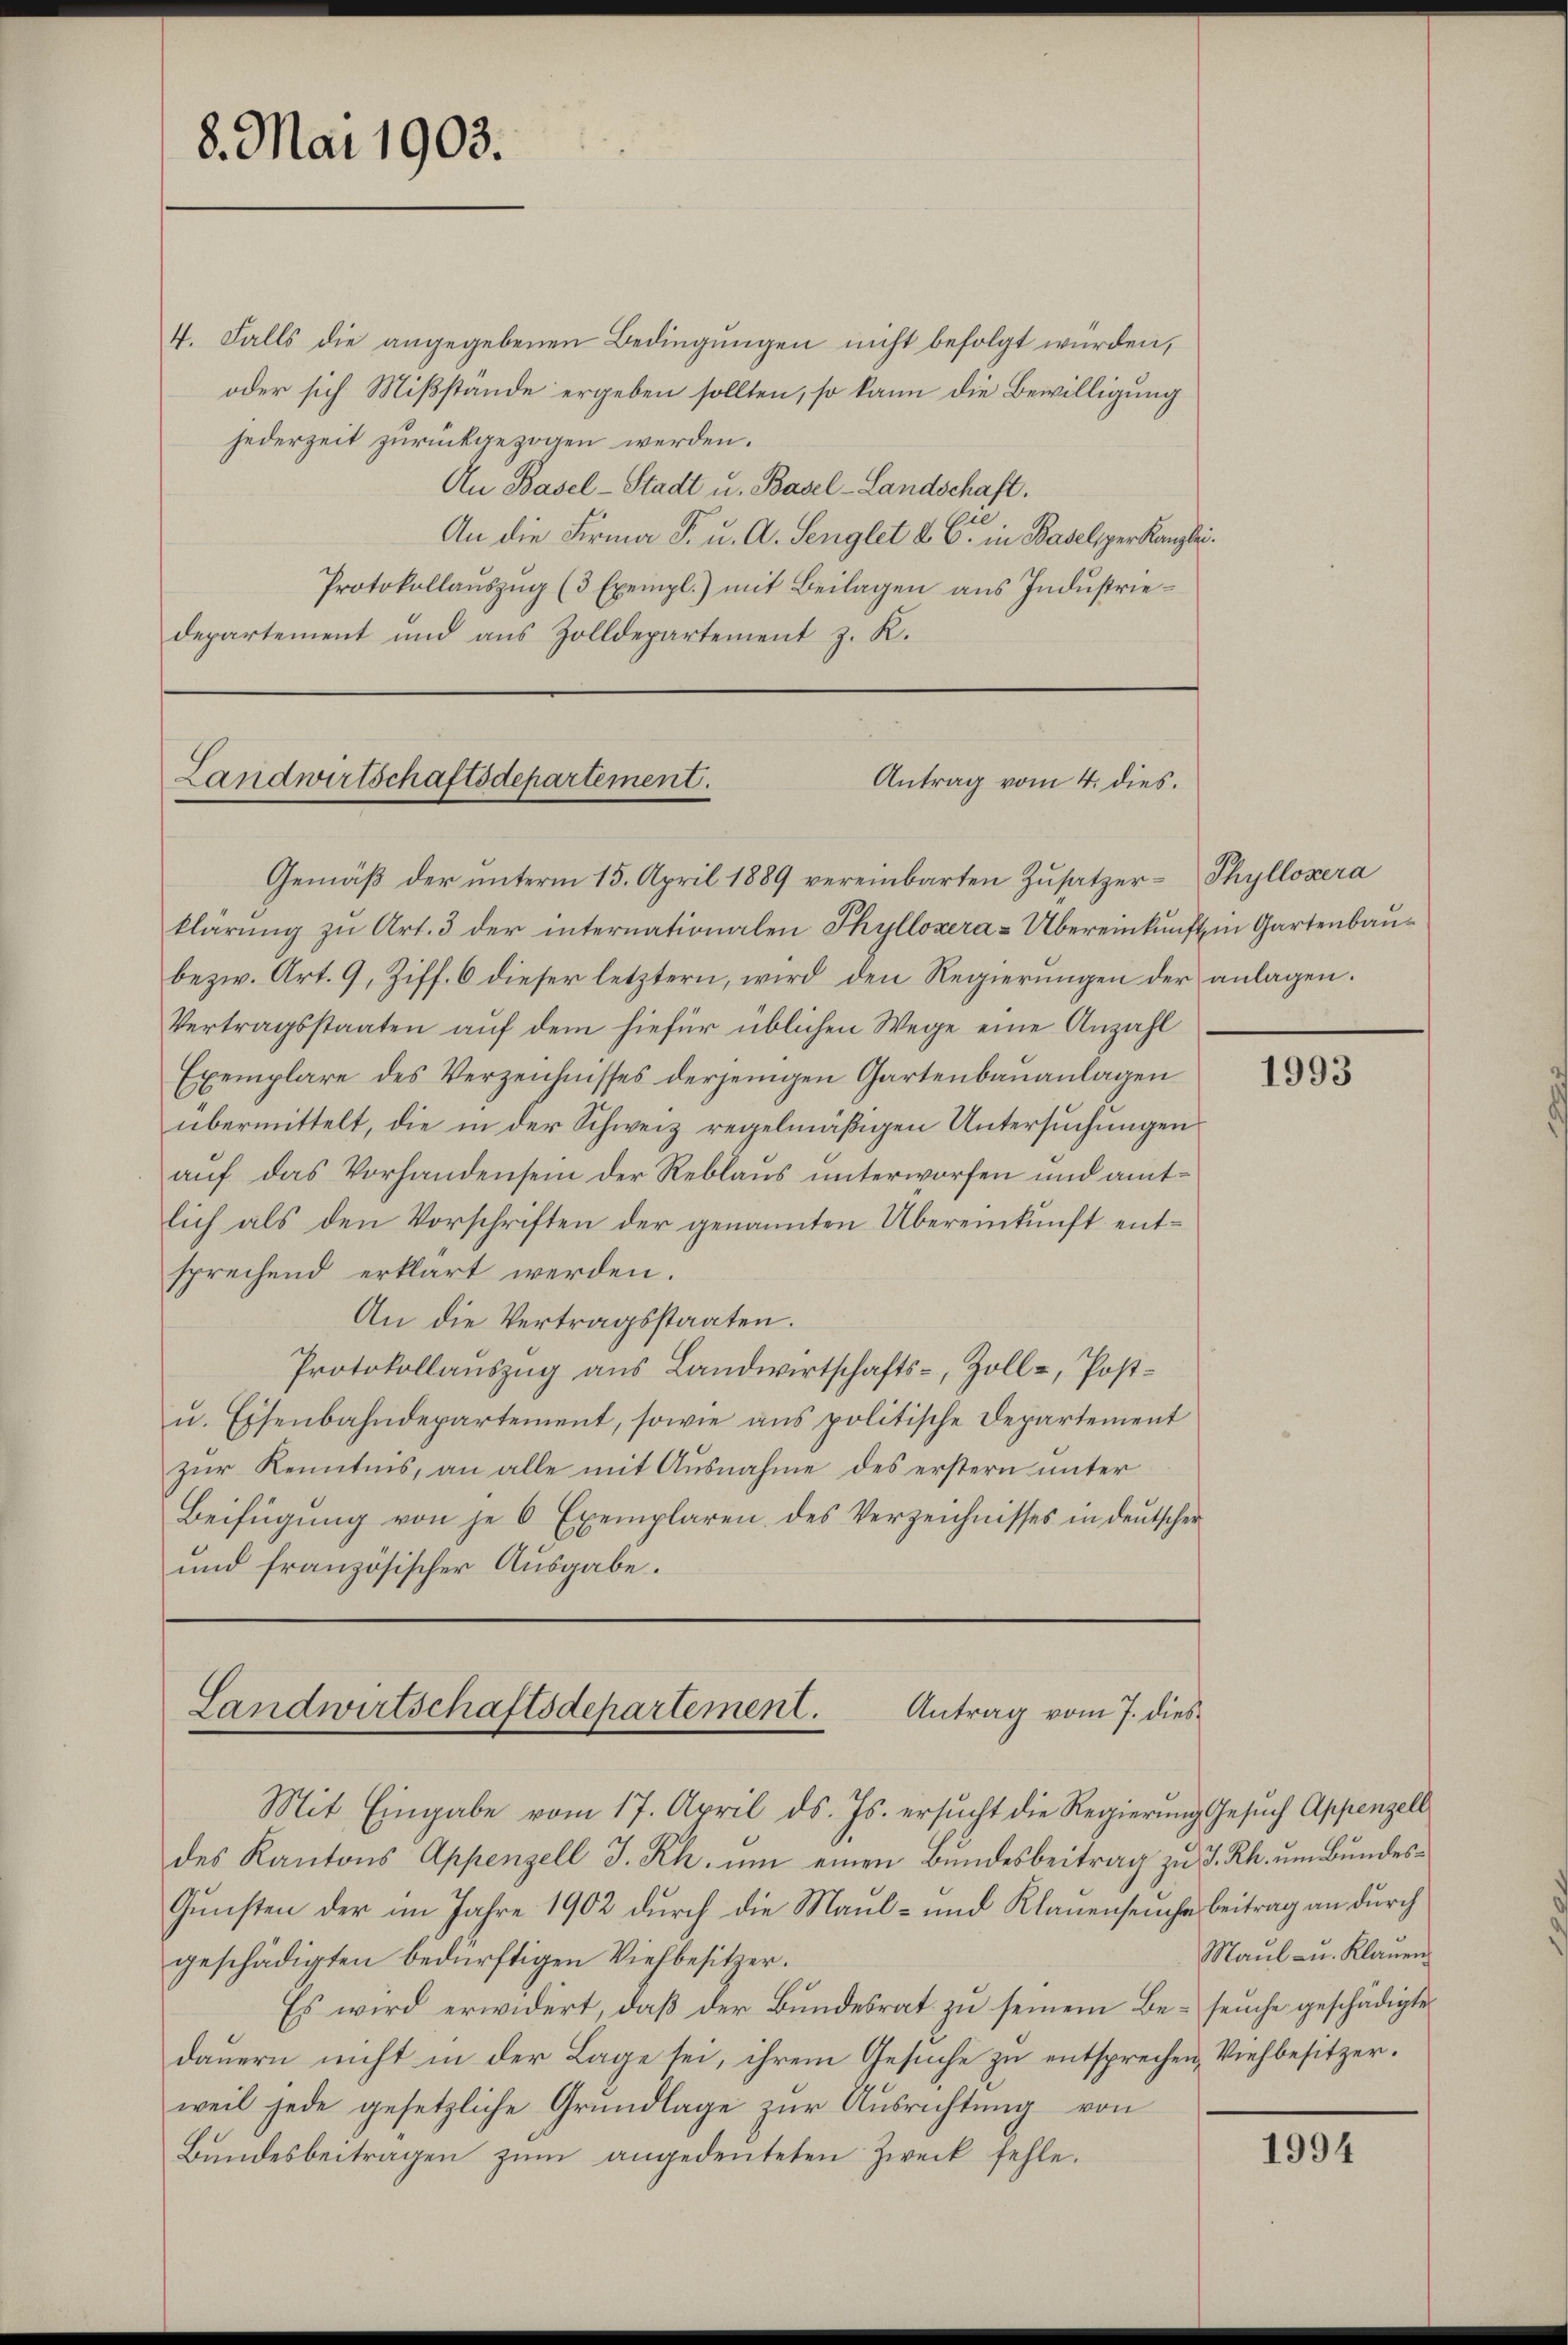
8. Mai 1903.

4. Falls die angegebenen Bedingungen nicht befolgt würden,
oder sich Mißstände ergeben sollten, so kann die Bewilligung
jederzeit zurückgezogen werden.
An Basel-Stadt u. Basel-Landschaft.
An die Firma F. u. A. Senglet u. G. in Baseliger Kanzlei.
Protokollauszug (3 Exempl.) mit Beilagen aus Industriedepartement und aus Zolldepartement z. R.

Antrag vom 4. dies.
Landwirtschaftsdepartement.

Gemäß der unterm 15. April 1889 vereinbarten Zusatzer-Thyllovera
klärŭng zu Art. 3 der internationalen Phyllozera-Übereinkunft in Gartenbau¬
bezw. Art. 9, Ziff. 6 dieser letztern, wird den Regierŭngen der anlagen.
Vertragsstaaten auf dem hiefür üblichen Wege eine Anzahl
Exemplare des Verzeichnisses derjenigen Gartenbauanlagen
übermittelt, die in der Schweiz regelmäßigen Untersuchungen
auf das Vorhandensein der Reblaus unterworfen und amtlich als den Vorschriften der genannten Übereinkunft entsprechend erklärt werden.
An die Vertragsstaaten.
Protokollauszug aus Landwirtschafts-, Zoll-, Post¬
u. Eisenbahndepartement, sowie aus politische Departement
zur Kenntnis, an alle mit Ausnahme des erstern unter
Beifügung von je 6 Exemplaren, des Verzeichnisses in deutscher
und französischer Ausgabe.

Landwirtschaftsdepartement.
Antrag vom 7. dies

Mit Eingabe vom 17. April d. Js. ersŭcht die Regierun
des Kantons Appenzell I. Rh. um einen Bundesbeitrag zu
Gunsten der im Jahre 1902 durch die Maul- und Klauenseu
geschädigten bedürftigen Viehbesitzer.
Es wird erwidert, daß der Bundesrat zu seinem Bedauern nicht in der Lage sei, ihrem Gesuche zu entspreche
weil jede gesetzliche Grundlage zur Ausrichtung von
Bundesbeitragen zŭm angedeuteten Zweck fehle.

1993

ig Gesuch Appenzell
u. J. Rh. um Bundeste Beitrag an durch
Maul- u. Klauen
seuche geschädigte
u Viehbesitzer.

1994